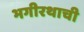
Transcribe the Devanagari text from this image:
भगीरथाची